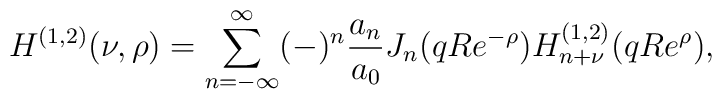
H^{(1,2)}(\nu,\rho) = \sum_{n=-\infty}^{\infty}      (-)^n {a_{n} \over a_{0}}     J_{n}(qR e^{-\rho}) H^{(1,2)}_{n+\nu}(qR e^\rho),